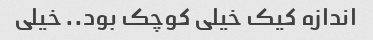
اندازه کیک خیلی کوچک بود.. خیلی